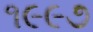
૧૯૯૭